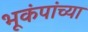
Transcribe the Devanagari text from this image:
भूकंपांच्या